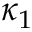
\kappa _ { 1 }